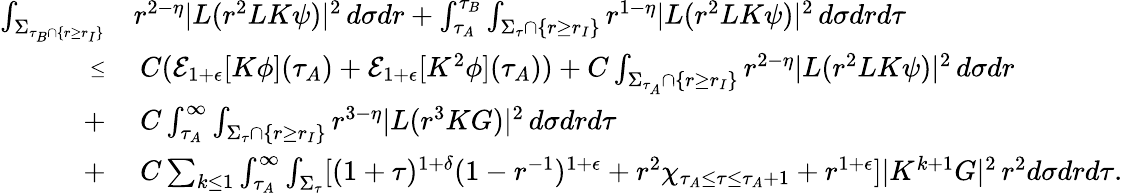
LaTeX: \begin{array}{rl}{\int_{\Sigma_{\tau_{B}\cap\{ r\geq r_{I}\} }}}&{r^{2-\eta}|L(r^{2}LK\psi)|^{2}\, d\sigma dr+\int_{\tau_{A}}^{\tau_{B}}\int_{\Sigma_{\tau}\cap\{ r\geq r_{I}\} }r^{1-\eta}|L(r^{2}LK\psi)|^{2}\, d\sigma drd\tau}\\ {\substack{\leq}}&{\: C(\mathcal{E}_{1+\epsilon}[K\phi](\tau_{A})+\mathcal{E}_{1+\epsilon}[K^{2}\phi](\tau_{A}))+C\int_{\Sigma_{\tau_{A}}\cap\{ r\geq r_{I}\} }r^{2-\eta}|L(r^{2}LK\psi)|^{2}\, d\sigma dr}\\ {+}&{\: C\int_{\tau_{A}}^{\infty}\int_{\Sigma_{\tau}\cap\{ r\geq r_{I}\} }r^{3-\eta}|L(r^{3}KG)|^{2}\, d\sigma drd\tau}\\ {+}&{\: C\sum_{k\leq 1}\int_{\tau_{A}}^{\infty}\int_{\Sigma_{\tau}}[(1+\tau)^{1+\delta}(1-r^{-1})^{1+\epsilon}+r^{2}\chi_{\tau_{A}\leq\tau\leq\tau_{A}+1}+r^{1+\epsilon}]|K^{k+1}G|^{2}\, r^{2}d\sigma drd\tau.}\end{array}